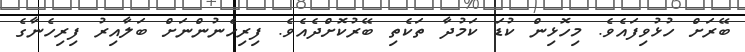
ބޭރަށް ހުޅުވިފައެވެ. މިހޮޅިން ކުޑަ ކަމުދާ ތަކެތި ބޭރުކޮށްދެއެވެ. ފިރިހެނުންނަށް ބަލާއިރު ފިރިހެނާގެ